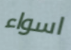
اسواء